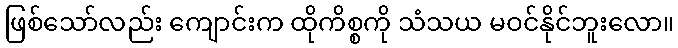
ဖြစ်သော်လည်း ကျောင်းက ထိုကိစ္စကို သံသယ မဝင်နိုင်ဘူးလော။